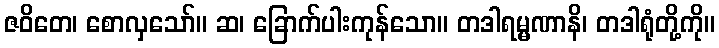
ဇဝိတေ၊ စောလှသော်။ ဆ၊ ခြောက်ပါးကုန်သော။ တဒါရမ္မဏာနိ၊ တဒါရုံတို့ကို။